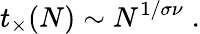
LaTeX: t_{\times}(N)\sim N^{1/\sigma\nu}\; .